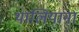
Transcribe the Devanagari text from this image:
थालियाना